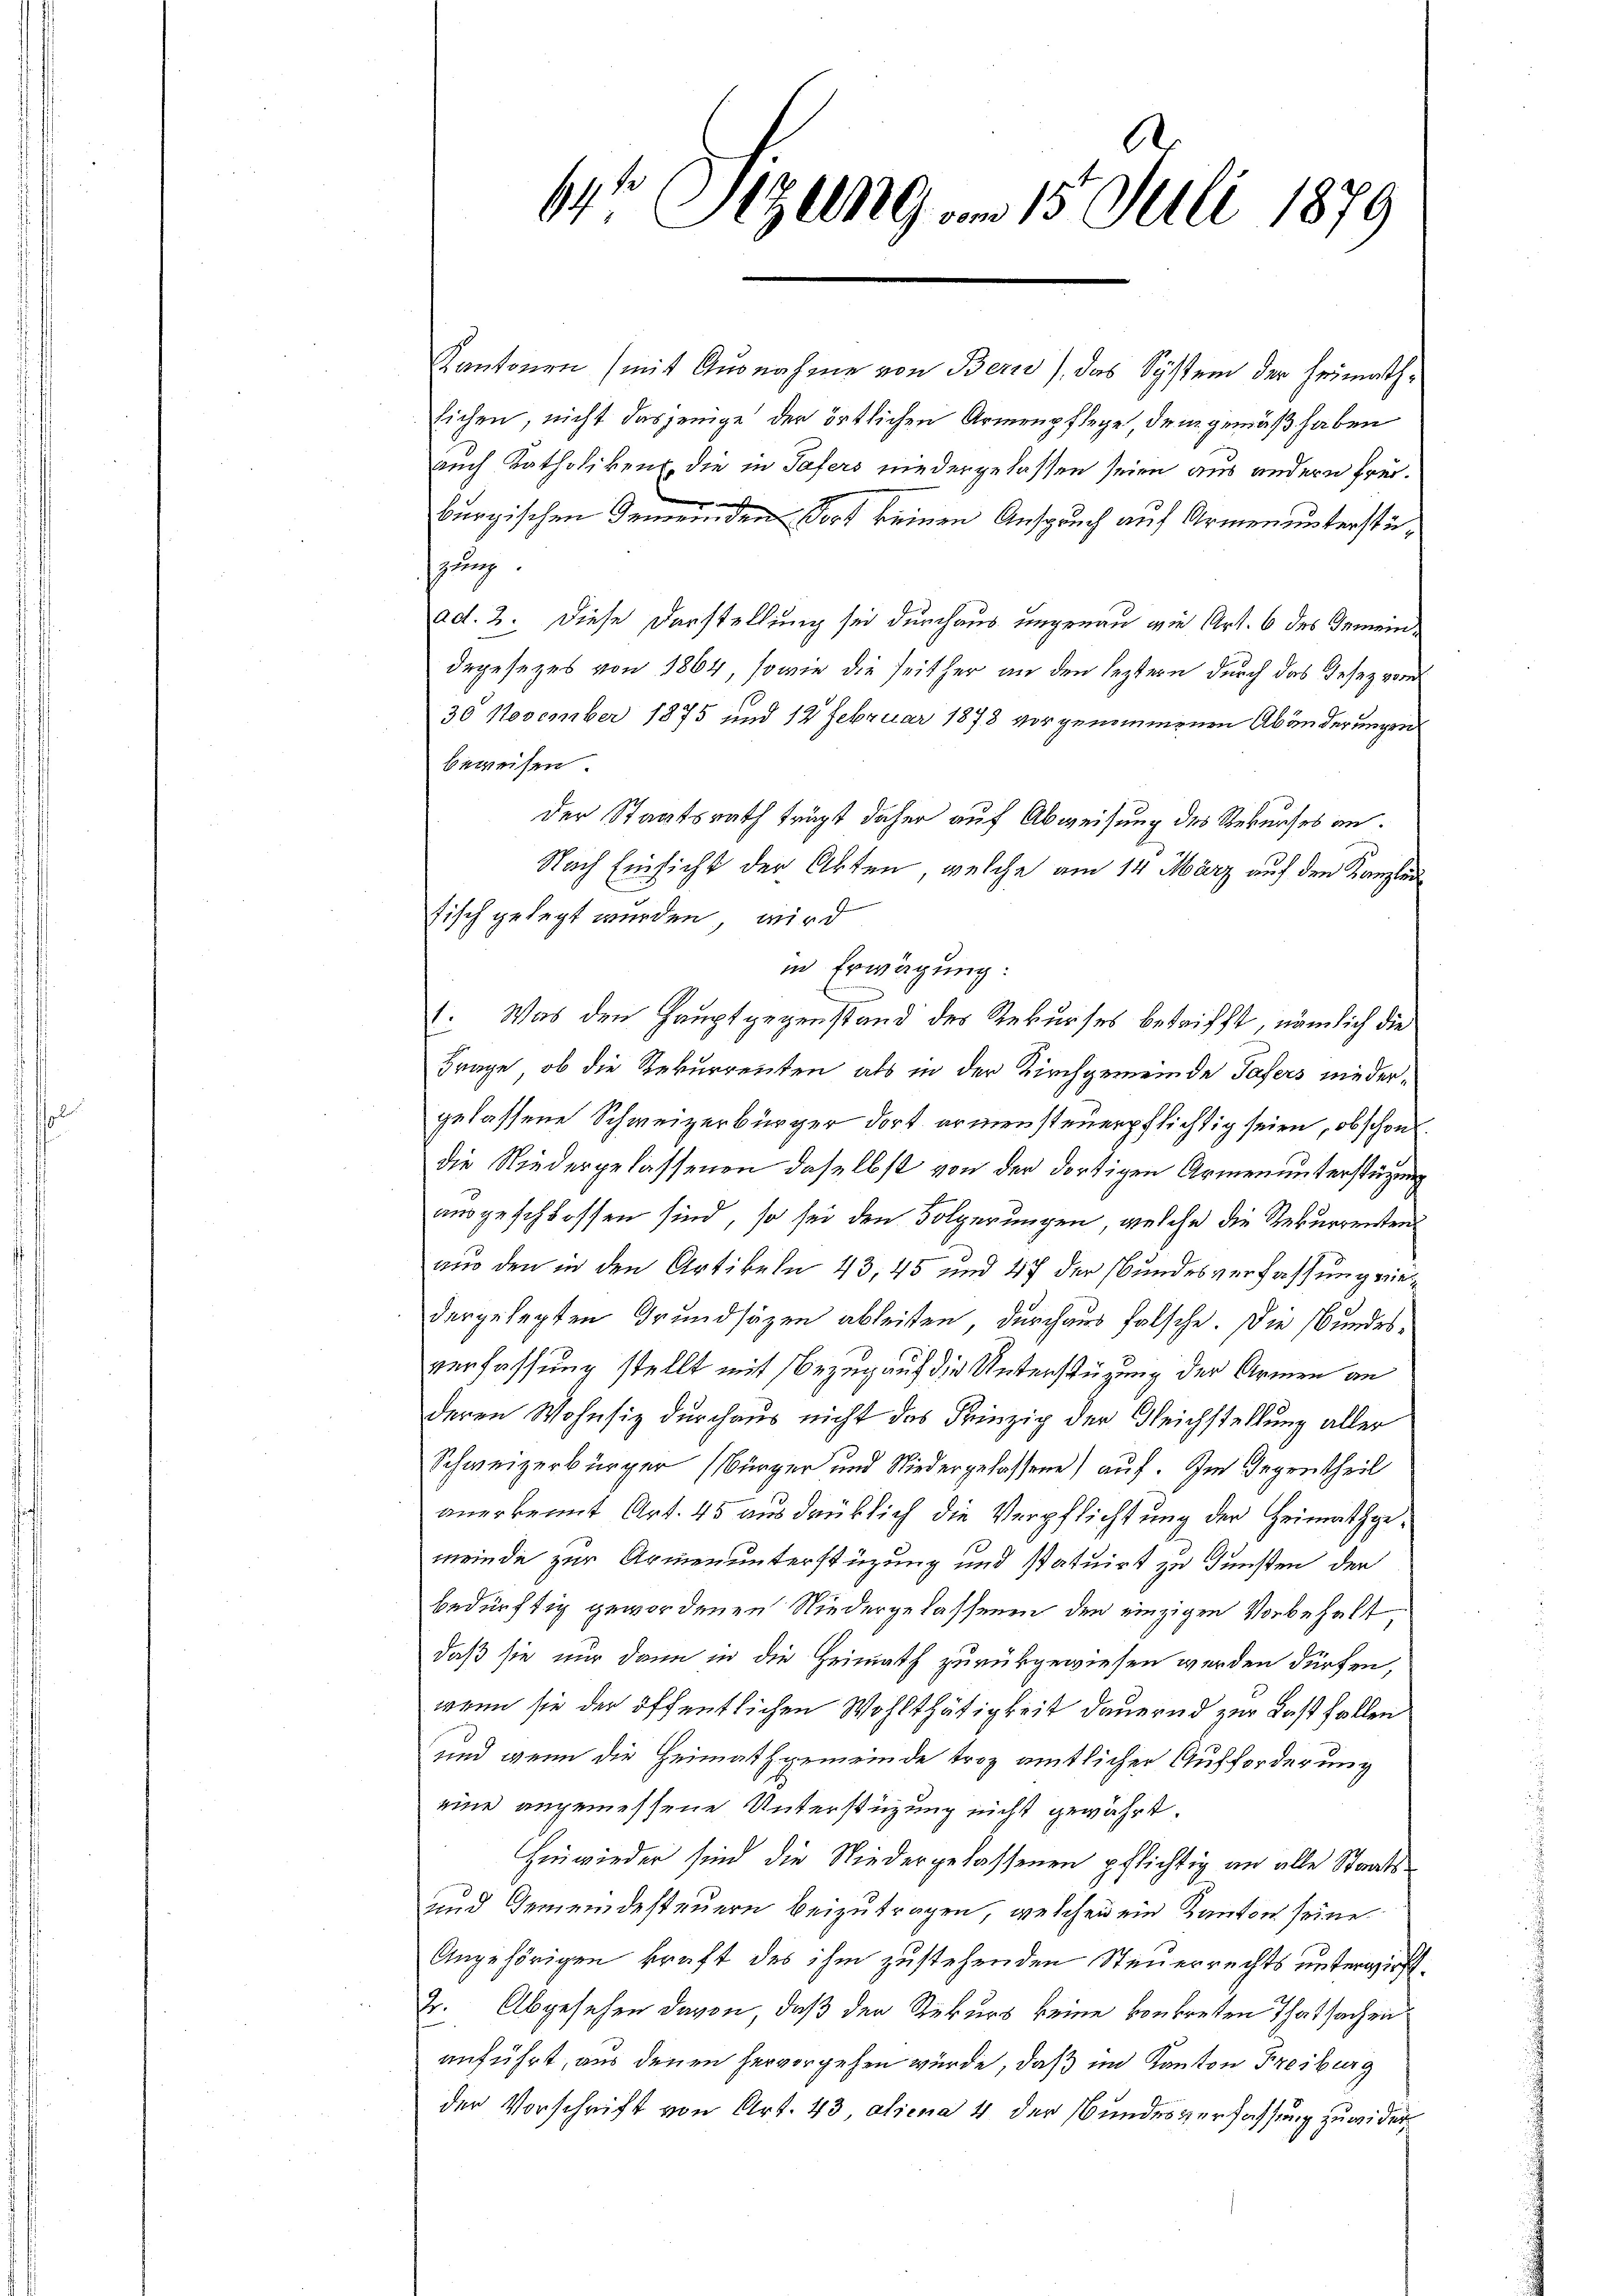
Kantonen (mit Ausnahme von Bern), das System der Heimath¬
Eichen, nicht dasjenige der örtlichen Armenpflege, dem gemäß haben
auch Katholiken, die in Tafers niedergelassen seien aus andern freie
burgischen Gemeinden dort keinen Anspruch auf Armenunterstügung
ad. 2. Diese Darstellung sei durchaus ungenau wie Art. 6 des Gemeindegesezes von 1864, sowie die seither an den leztern durch das Gesez vom
30 November 1875 und 12 Februar 1878 vorgenommenen Abänderungen
beweisen.
der Staatsrath trägt daher auf Abweisung des Rekurses an.
Nach Einsicht der Akten, welche am 14. März auf den Kanzlin
fisch gelegt wurden, wird
in Erwägung:
1. Was den Hauptgegenstand des Rekurses betrifft, nämlich die
Frage, ob die Rekurrenten als in der Kirchgemeinde Tafers niedergelassene Schweizerbürger dort armensteuerpflichtig seien, obschon.
die Niedergelassenen daselbst von der dortigen Armenunterstüzung
ausgeschlossen sind, so sei den Folgerungen, welche die Rekurrentens
aus den in den Artikeln 43, 45 und 47 der Bundesverfassung eindergelegten Grundsätzen ableiten durchaus falsche. Die Bundesverfassung stellt mit Bezug auf die Unterstüzung der Armen an
deren Wohnsiz durchaus nicht das Prinzig der Gleichstellung aller
Schweizerbürger (Bürger und Niedergelassene) auf. Im Gegentheil
anerkennt Art. 45 ausdrüklich die Verpflichtung der Heimathgemeinde zur Armenunterstüzung und statuirt zu dünsten der
bedürftig gewordenen Niedergelassenen den einzigen Vorbehalt
daß sie nur dann in die Heimath zurückgewiesen werden dürfen,
wenn sie der öffentlichen Wohlthätigkeit dauernd zur Last follen
und wenn die Heimathgemeinde troz amtlicher Aufforderung
eine angemessene Unterstüzung nicht gewährt.
Hinwieder sind die Niedergelassenen pflichtig an alle Staats¬
und Gemeindesteuern beizutragen, welchen ein Kanton seine
Angehörigen kraft des ihm zustehenden Steuerrechts unterwirft.
2. Abgesehen davon, daß der Rekurs keine konkreten Thatsachen
anführt, aus denen hervorgehen würde, daß im Kanton Freiburg
der Vorschrift von Art. 43, aliena 4 der Bundesverfassung zuwider¬

64 Sizung am 15. Juli 1879